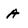
Character: A